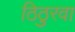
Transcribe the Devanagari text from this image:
ठिठुरवा